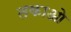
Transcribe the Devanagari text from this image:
तकाओ